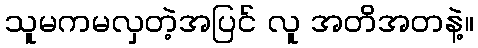
သူမကမလှတဲ့အပြင် လူ အတိအတနဲ့။